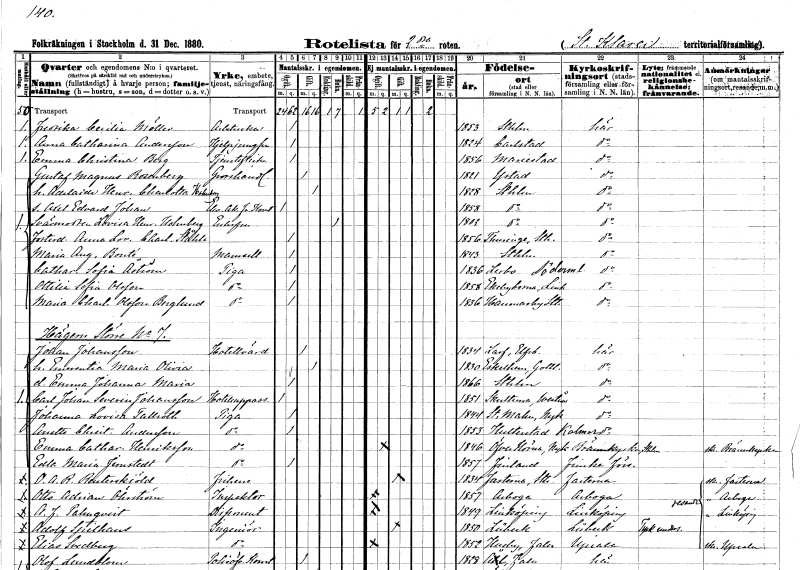
gt_parse: households: individuals: FN: Fredrika Cecilia
EN: Möller
YRKE: Arbeterska
KON: K
CIV: O
FODAR: 1853
FODFORS: Stockholm
FN: Anna Catharina
EN: Andersson
YRKE: Hjälpjungfru
KON: K
CIV: O
FODAR: 1824
FODFORS: Karlstad Värmlands län
FN: Emma Christina
EN: Berg
YRKE: Tjänsteflicka
KON: K
CIV: O
FODAR: 1856
FODFORS: Mariestad Skaraborgs län
FN: Gustaf Magnus
EN: Rosenberg
YRKE: Grosshandlare
KON: M
CIV: G
FODAR: 1821
FODFORS: Ystad Malmöhus län
FN: Adelaide Henrietta Charlotta
EN: Holmberg
KON: K
CIV: G
FODAR: 1828
FODFORS: Stockholm
FN: Axel Edvard Johan
YRKE: Elev vid Akademin för fria konster
KON: M
CIV: O
FODAR: 1858
FODFORS: Stockholm
FN: Lovisa Henrietta
EN: Holmberg
KON: K
CIV: E
FODAR: 1802
FODFORS: Stockholm
FN: Anna Lovisa Charlotta
EN: Ståhle
KON: K
CIV: O
FODAR: 1856
FODFORS: Turinge Stockholms län
FN: Maria Augusta
EN: Bonté
KON: K
CIV: O
FODAR: 1843
FODFORS: Stockholm
FN: Catharina Sofia
EN: Åström
YRKE: Piga
KON: K
CIV: O
FODAR: 1836
FODFORS: Lerbo Södermanlands län
FN: Ottilia Sofia
EN: Olsson
YRKE: Piga
KON: K
CIV: O
FODAR: 1858
FODFORS: Ekebyborna Östergötlands län
FN: Maria Charlotta
EN: Olsson Berglund
YRKE: Piga
KON: K
CIV: O
FODAR: 1836
FODFORS: Hammarby Stockholms län
FN: Johan
EN: Johansson
YRKE: Hotellvärd
KON: M
CIV: G
FODAR: 1834
FODFORS: Larv Skaraborgs län
FN: Emerentia Maria Olivia
KON: K
CIV: G
FODAR: 1830
FODFORS: Eskelhem Gotlands län
FN: Emma Johanna Maria
KON: K
CIV: O
FODAR: 1866
FODFORS: Stockholm
FN: Carl Johan Severin
EN: Johansson
YRKE: Hotelluppassare
KON: M
CIV: O
FODAR: 1851
FODFORS: Skultuna Västmanlands län
FN: Johanna Lovisa
EN: Tallroth
YRKE: Piga
KON: K
CIV: O
FODAR: 1844
FODFORS: Stora Malm Södermanlands län
FN: Anette Christina
EN: Andersson
YRKE: Piga
KON: K
CIV: O
FODAR: 1853
FODFORS: Hulterstad Kalmar län
FN: Emma Catharina
EN: Henriksson
YRKE: Piga
KON: K
CIV: O
FODAR: 1846
FODFORS: Överenhörna Stockholms län
FN: Edla Maria
EN: Jernstedt
YRKE: Piga
KON: K
CIV: O
FODAR: 1857
FN: Oscar Axel Reinhold
EN: Reuterskiöld
KON: M
CIV: G
FODAR: 1834
FODFORS: Fasterna Stockholms län
FN: Otto Adrian
EN: Öhrström
YRKE: Inspektor
KON: M
CIV: O
FODAR: 1857
FODFORS: Arboga Västmanlands län
FN: A. F.
EN: Palmqvist
YRKE: Disponent
KON: M
CIV: O
FODAR: 1849
FODFORS: Linköping Östergötlands län
FN: Adolf
EN: Spilhaus
YRKE: Ingenjör
KON: M
CIV: G
FODAR: 1850
FN: Elias
EN: Svedberg
YRKE: Ingenjör
KON: M
CIV: O
FODAR: 1852
FODFORS: Husby Kopparbergs län